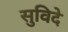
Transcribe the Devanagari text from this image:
सुविदे